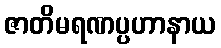
ဇာတိမရဏပ္ပဟာနာယ